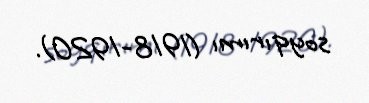
soyqırımı (1918-1920).